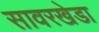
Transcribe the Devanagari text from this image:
सावरखेडा